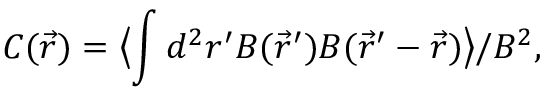
C ( \vec { r } ) = \bigl \langle \int d ^ { 2 } r ^ { \prime } B ( \vec { r } ^ { \prime } ) B ( \vec { r } ^ { \prime } - \vec { r } ) \bigr \rangle / B ^ { 2 } ,